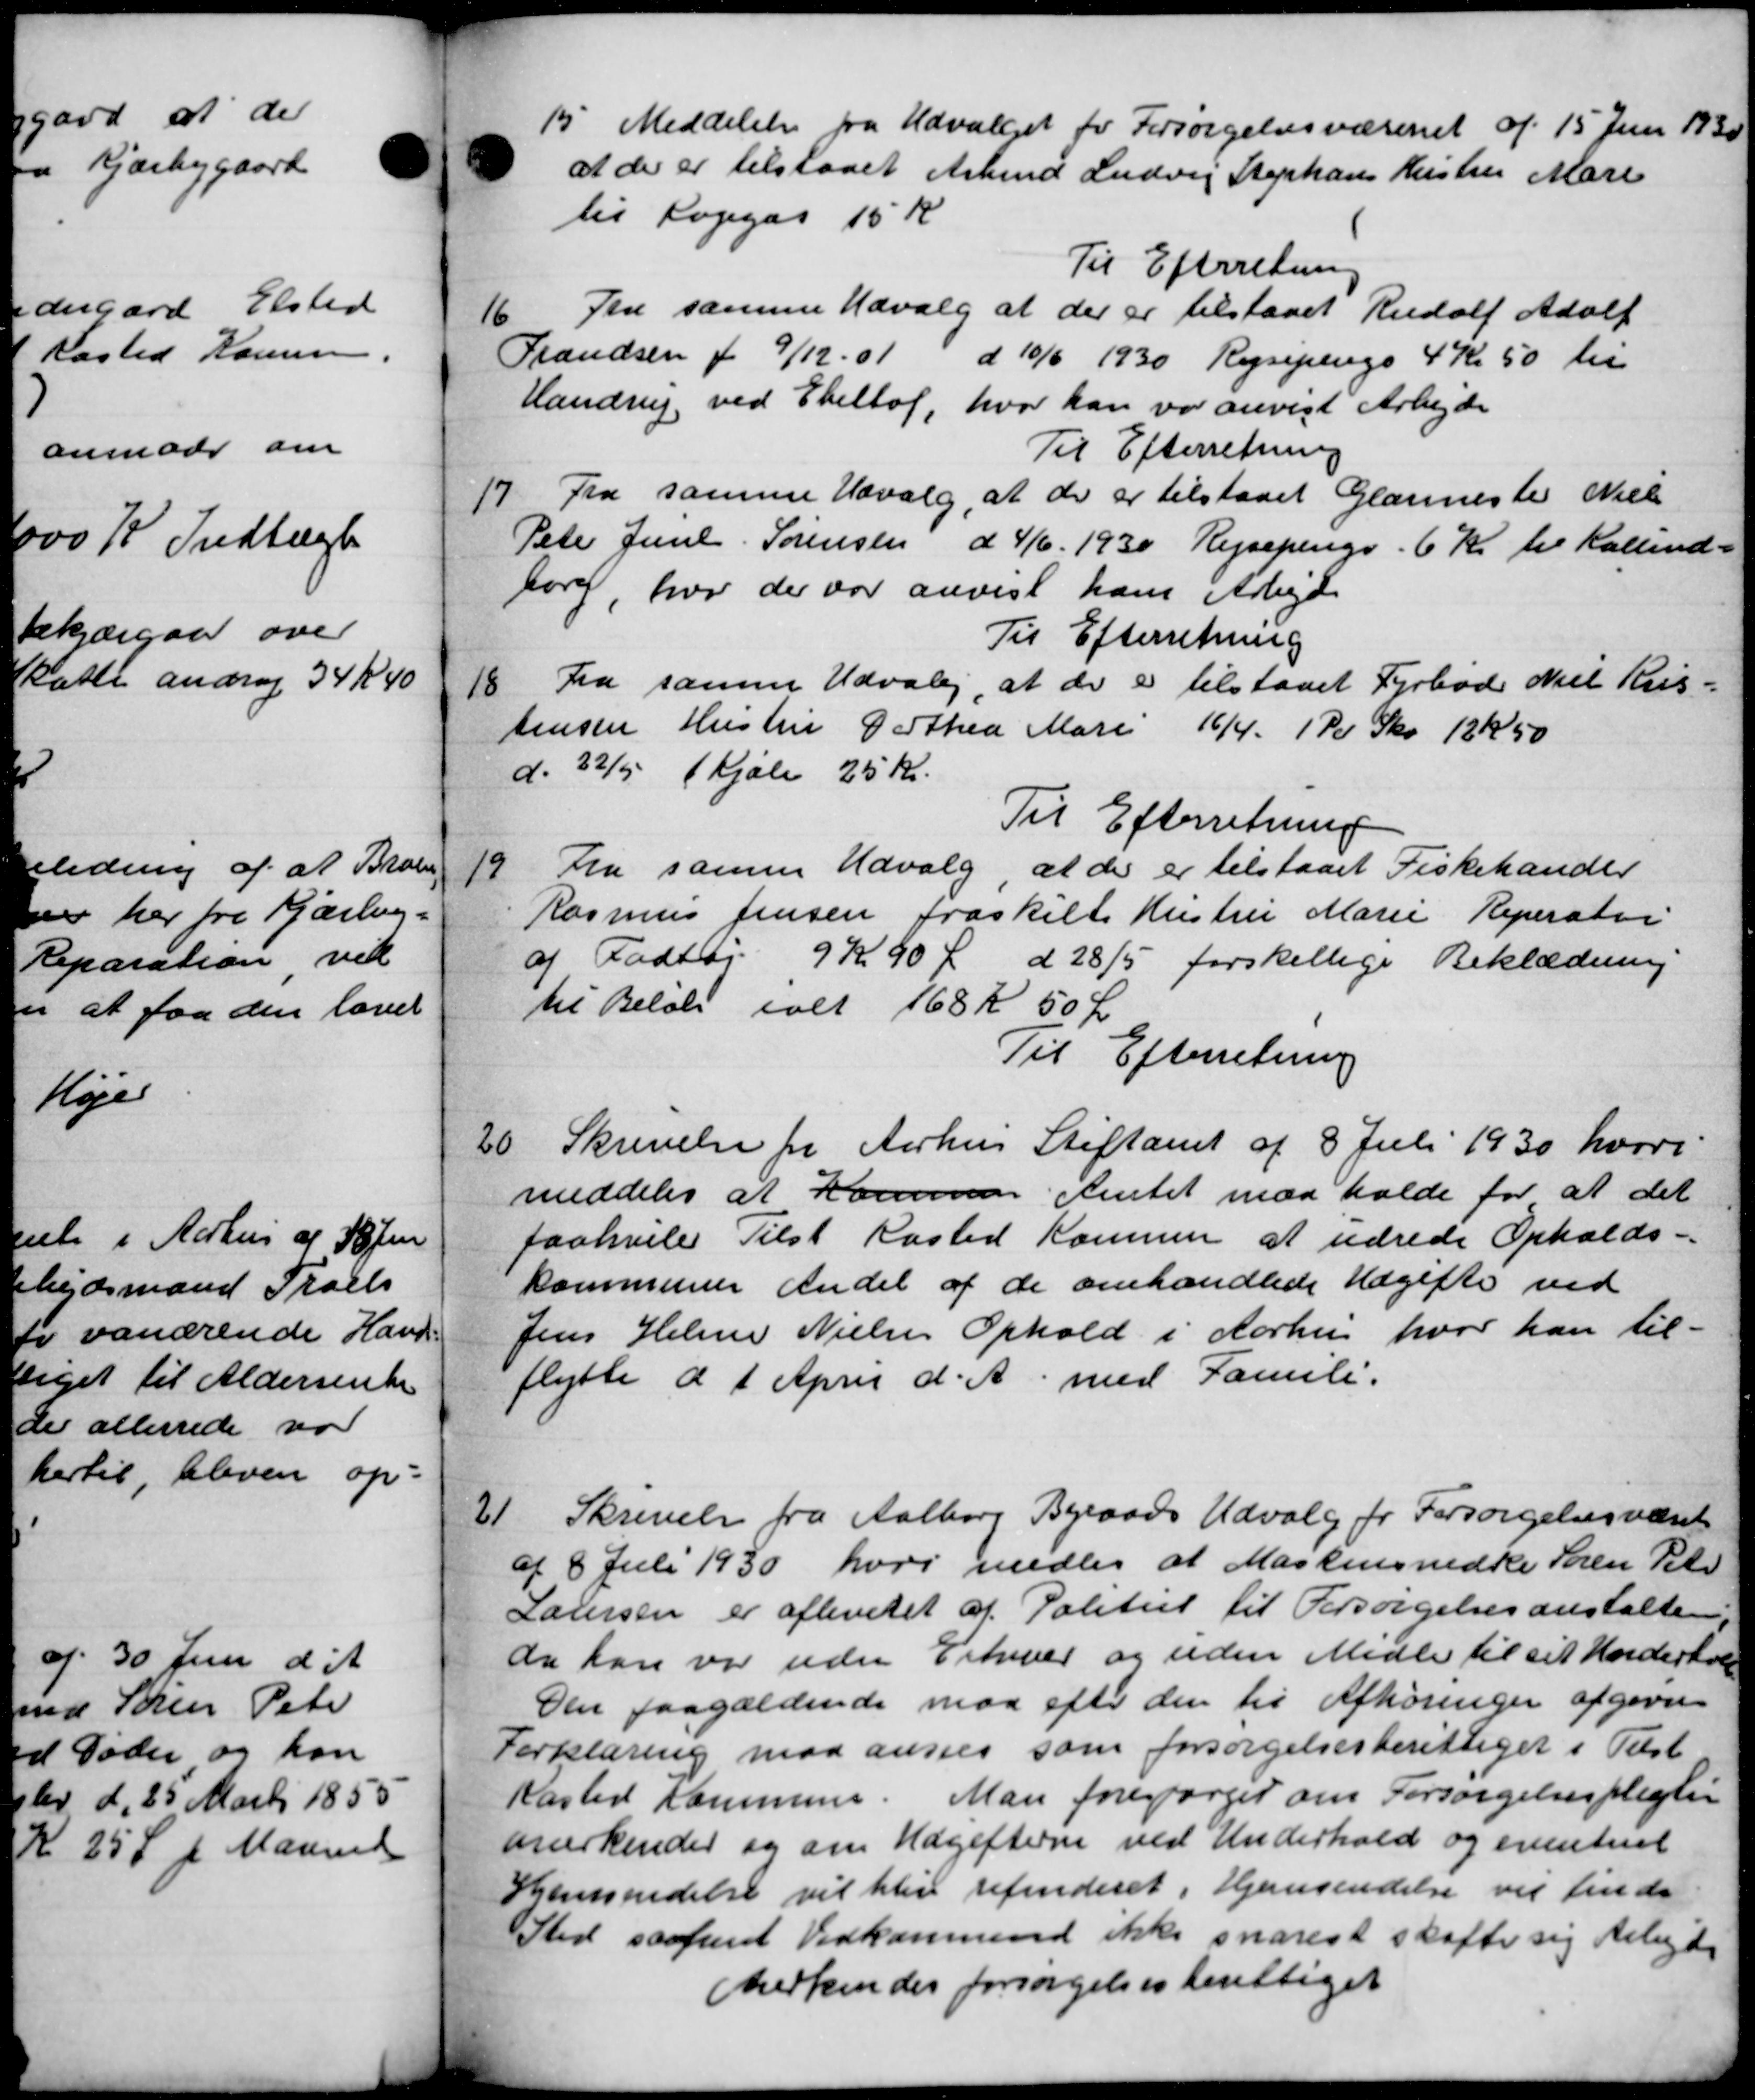
Transskription:
15. Meddelelse fra Udvalget for Forsørgelsesvæsenet af 15 Juni 1930
at der er tilstaaet Arbmd Ludvig Stephans Kristen Mari
til Logegas 15 K
Til Efterretning
16
Tru samme Udvalg at der er tilstaaet Rudolf Adolf
Frandsen f 9/12 - 01 d 10/6 1930 Rejsepenge 4 Kr 50 til
Handrup ved Ebeltof, hvor han var anvist Arbejde
Til Efterretning
17.
Fra samme Udvalg, at der er tilstaaet Glarmeste Niels
Peter Juul Sørensen d 4/6 1930 Rejsepenge. 6 Kr. til Kallund
borg, hvor der var anvist hans Arbejde
Til Efterretning
18 Fra samme Udvalg, at der er tilstaaet Fyrbød Niel Riis-
18 Fra samme Udvalg, at der er tilstaaet Fyrbød Niel Riis-
Jensen Hustru Dorthea Marie 16/4. 1 Pd Sko 12 K 50
d. 32/5 (Kjole 25 Kr.
Til Efterretning
19
Fra samme Udvalg, at der er tilstaaet Fiskehandler
Rasmus Jensen fraskilt Hustru Marie Reperator
af Fodtøj 9 Kr 40 Øre d 28/5 forskellige Beklædning
til Beløb ialt 168 Kr 50 Ør
Til Efterretning
20. Skrivelse fra Aarhus Stiftamt af 8 Juli 1930 hvori
20. Skrivelse fra Aarhus Stiftamt af 8 Juli 1930 hvori
meddeles at Kommune Amtet maa holde for at det
paahviler Tilst Kasted Kommune at udrede Opholds-
kommunen andel af de omhandlede Udgifter ved
Jens Helme Nielsen Ophold i Aarhus hvor han til-
flytte d 1 April d. A. med Famili

Skrivelse fra Aalborg Byraads Udvalg for Forsørgelsesvæset
af 8 Juli 1930 hvri midler at Maskinsnedke Søren Peter
Laursen er afleveret af Politiet til Forsørgelsesanstalten
da kan var uden Erhver og uden Midler til sit Underhold
Den paagældende maa efter den til Afhøringer afgivn
Forklaring maa ansees som forsørgelsesberettiget i Tilst
Kasted Kommune. Man forespørger om Forsørgelsespligter
anerkender og om Udgifterne ved Underhold og eventuel
Hjemsendelse vil blev refunderet i Hjemsendelse vil finde
Sted saafremt Vedkommende ikke snarest skaffe sig Arbejde
Aerkendes forsørgelsesberettiget